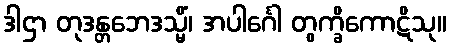
ဒါဌာ တုဒန္တဘေဒသ္မိံ၊ အပါင်္ဂေါ တွက္ခိကောဋိသု။